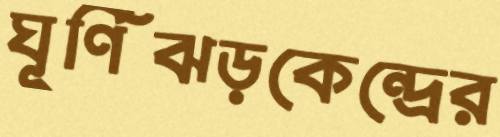
ঘূর্ণিঝড়কেন্দ্রের